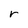
Character: r